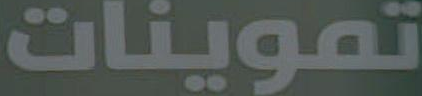
تموينات